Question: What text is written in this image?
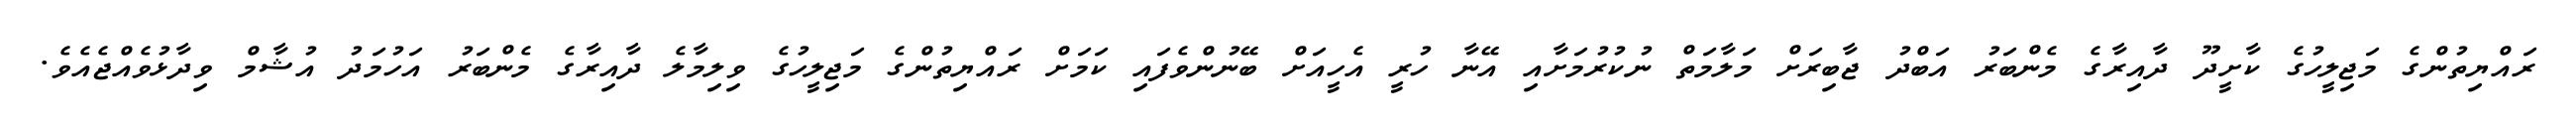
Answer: ރައްޔިތުންގެ މަޖިލީހުގެ ކާށީދޫ ދާއިރާގެ މެންބަރު އަބްދު ޖާބިރަށް މަލާމަތް ނުކުރުމަށާއި އޭނާ ހުރީ އެހީއަށް ބޭނުންވެފައި ކަމަށް ރައްޔިތުންގެ މަޖިލީހުގެ ވިލިމާލެ ދާއިރާގެ މެންބަރު އަހުމަދު އުޝާމް ވިދާޅުވެއްޖެއެވެ.